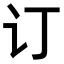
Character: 订